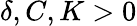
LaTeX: \delta,C,K>0